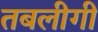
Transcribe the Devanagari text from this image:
तबलीगी